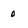
Character: 0